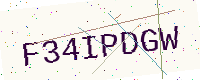
Text: F34IPDGW